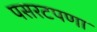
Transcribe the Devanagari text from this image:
पसरटपणा